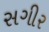
સગીર